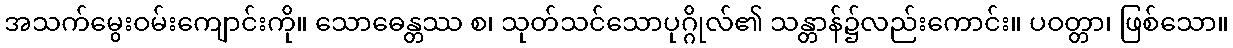
အသက်မွေးဝမ်းကျောင်းကို။ သောဓေန္တဿ စ၊ သုတ်သင်သောပုဂ္ဂိုလ်၏ သန္တာန်၌လည်းကောင်း။ ပဝတ္တာ၊ ဖြစ်သော။